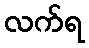
လက်ရ